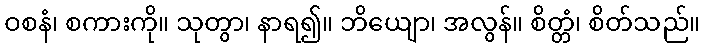
ဝစနံ၊ စကားကို။ သုတွာ၊ နာရ၍။ ဘိယျော၊ အလွန်။ စိတ္တံ၊ စိတ်သည်။